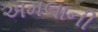
અમલાની